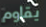
يقاوم